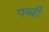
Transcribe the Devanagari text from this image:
पब्बी